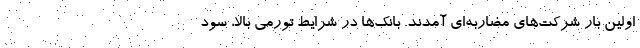
اولین بار شرکت‌های مضاربه‌ای آمدند. بانک‌ها در شرایط تورمی بالا، سود